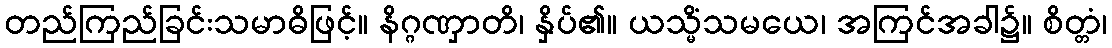
တည်ကြည်ခြင်းသမာဓိဖြင့်။ နိဂ္ဂဏှာတိ၊ နှိပ်၏။ ယသ္မိံသမယေ၊ အကြင်အခါ၌။ စိတ္တံ၊